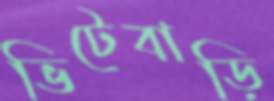
ভিটেবাড়ি